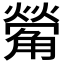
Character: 𮗵